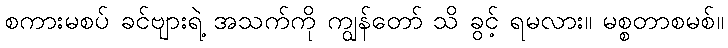
စကားမစပ် ခင်ဗျားရဲ့ အသက်ကို ကျွန်တော် သိ ခွင့် ရမလား။ မစ္စတာစမစ်။